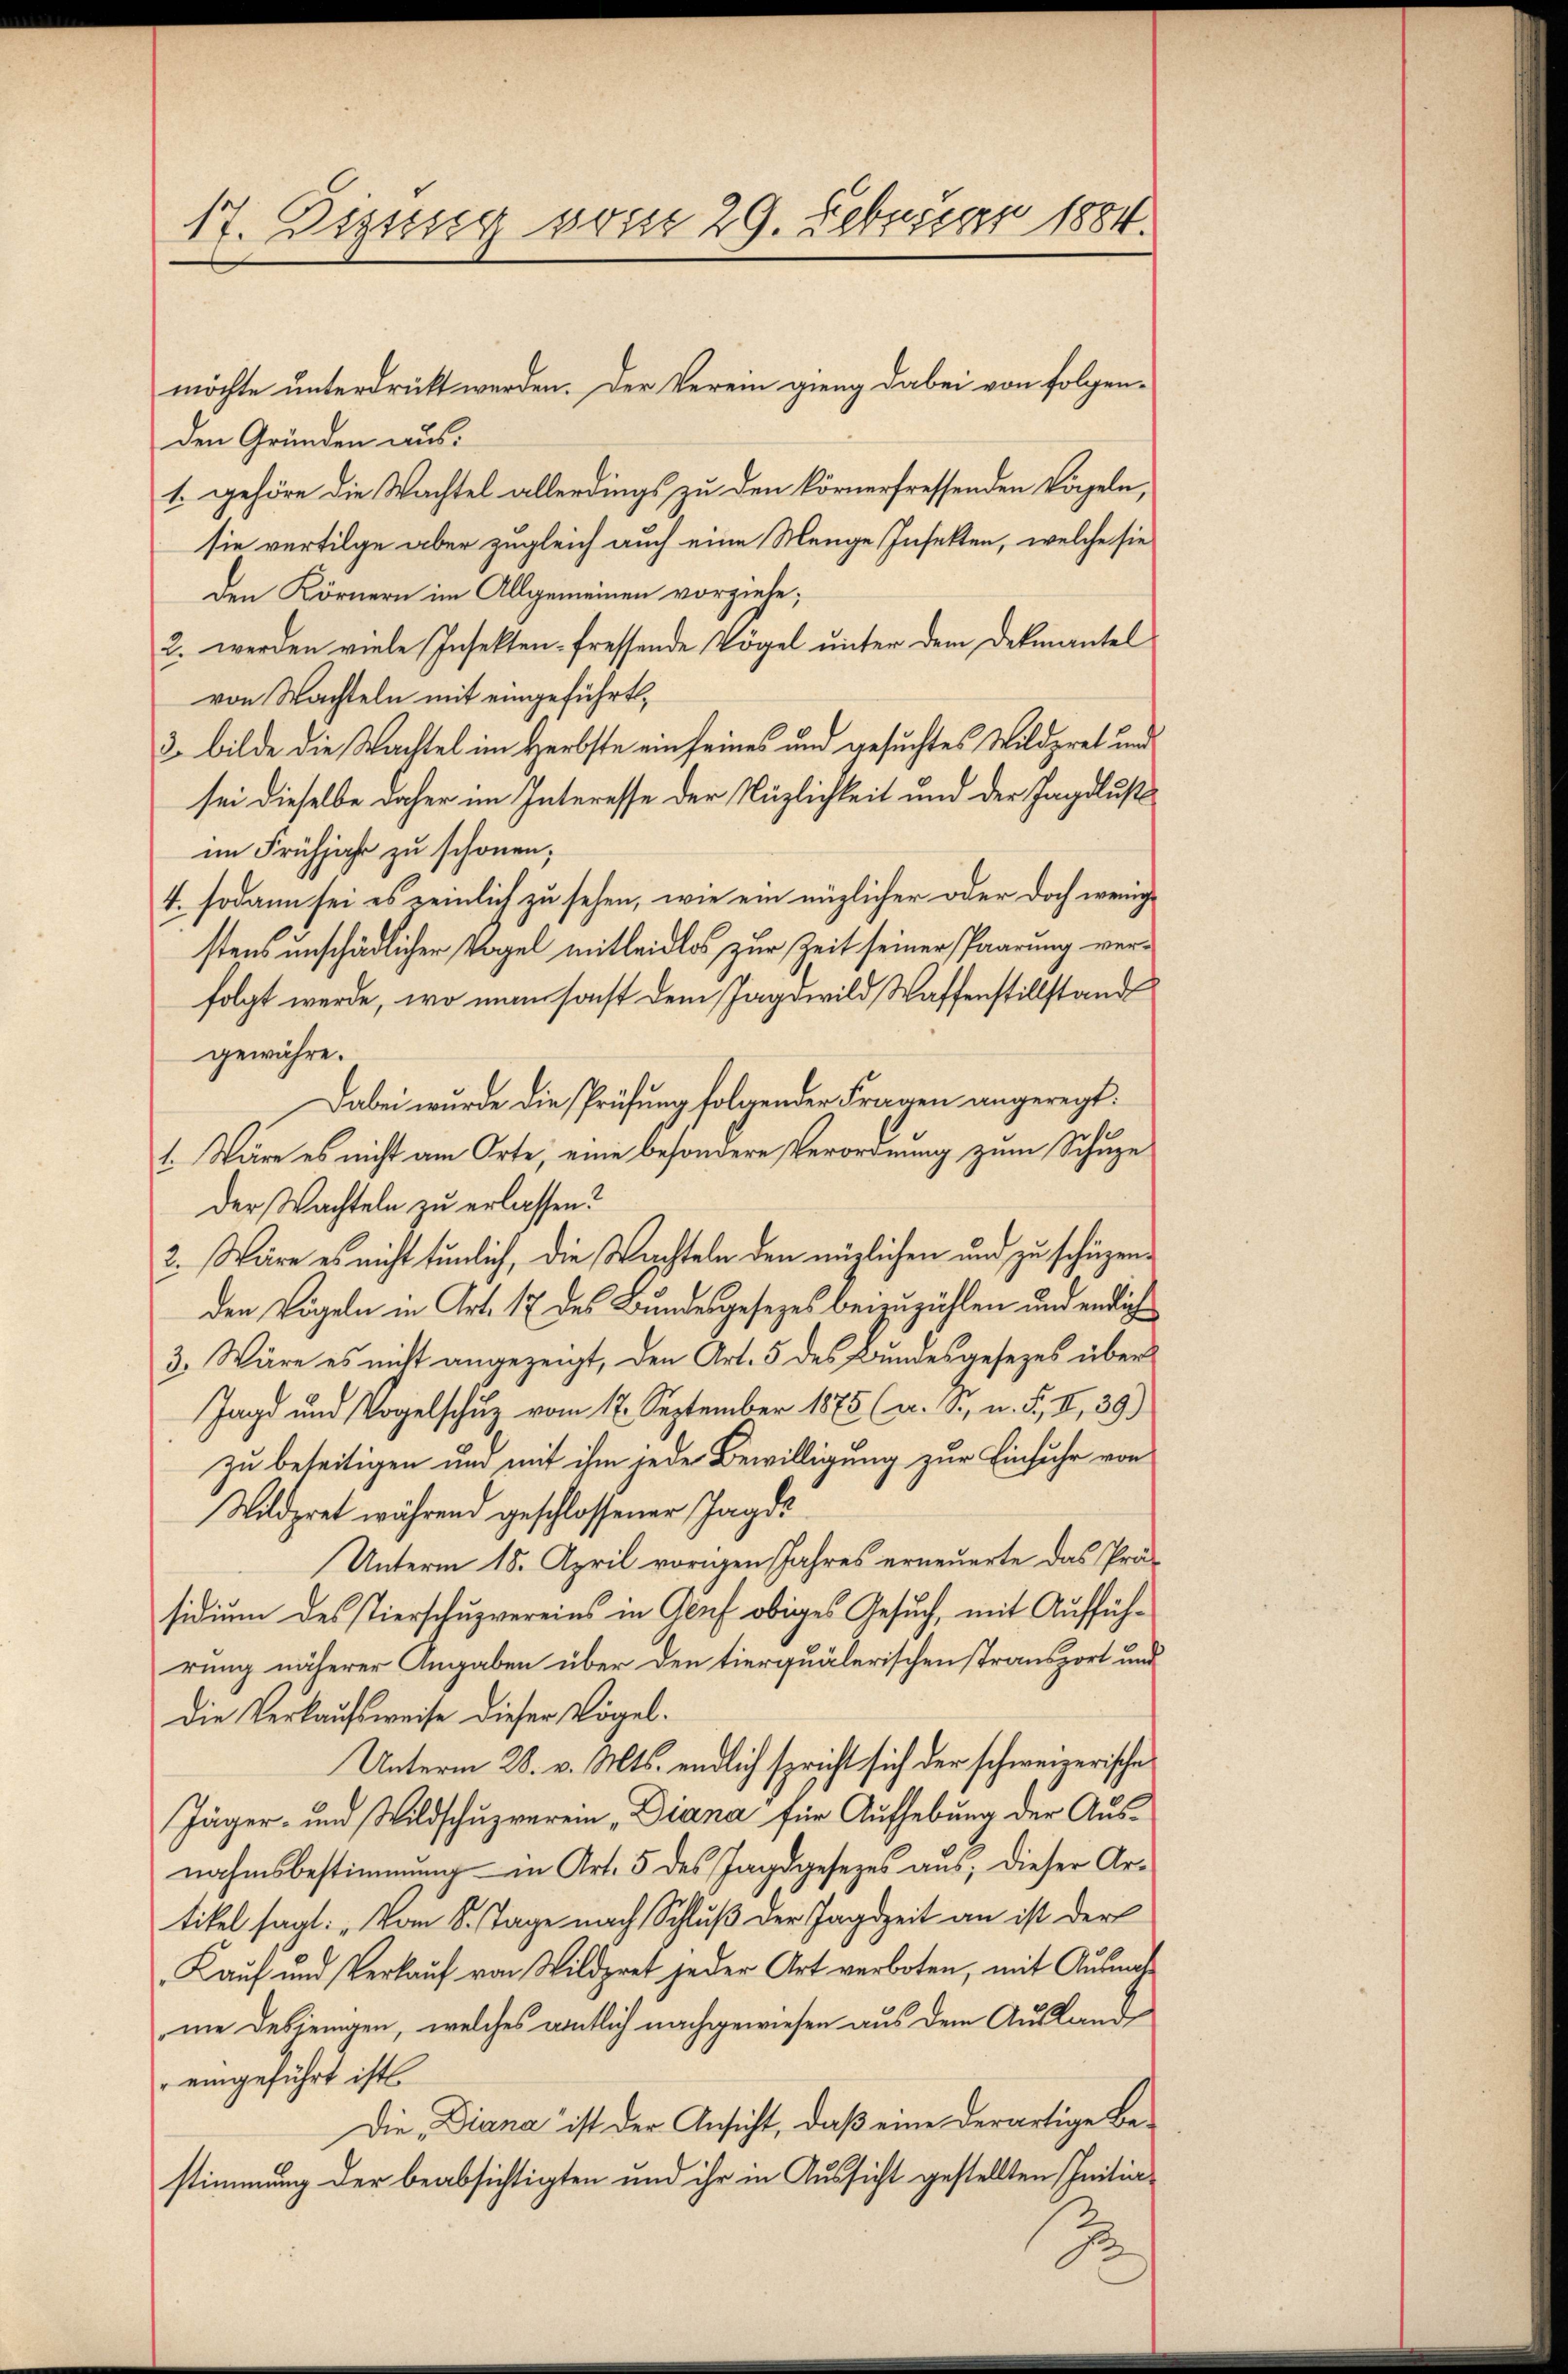
17. Disseng vom 29. Februar 1884.

den Gründen aus.
1. gehöre die Wachtel allerdings zu den körnerfressenden Vögeln,
sie vertilge aber zugleich auch eine Menge Insekten, welche sie
Den Körnern im Allgemeinen vorziehe;
2. werden viele Insekten-fressende Vögel unter dem Dekmantel
von Nachteln mit eingeführt,
3. bilde die Wachtel im Herbste ein seines und gesuchtes Wilderet und
sei dieselbe daher im Interesse der Näzlichkeit und der Jagdlusti
im Frühjahr zu schönen;
1. sodann sei es reinlich zu sehen, wie ein möglicher oder doch wenige
stens unschädlicher Vogel mitleidlos zur Zeit seiner Paarung ver-
folgt werde, wo man sonst dem Jagowild Waffenstillstand
gewähre.
Dabei wurde die Prüfung folgender Fragen angeregt.
1. Wäre es nicht am Orte, eine besondere Verordnung zum Schuze
der Wachteln zu erlassen?
2. Wäre es nicht tunlich, die Wachteln den möglichen und zu schüzenden Vögeln in Art. 17 des Bundesgesezes beizuzählen und endlich
3. Wäre es nicht angezeigt, den Art. 5 des Bundesgesezes über
Jagd und Vogelschuz vom 17. September 1875 (a. Sr. n. F. II, 29)
zu beseitigen und mit ihm jede Bewilligung zur Einfuhr von
Wildpret während geschlossener Jagd¬
Unterm 15. April vorigen Jahres erneuerte das Prä-
sidium des Tierschuzvereins in Aeuf obiges Gesuch, mit Aufführung näherer Angaben über den tierquälerischen stransport und
Die Verkaufsweise dieser Vögel¬
Unterm 28. v. Mts. endlich spricht sich der schweizerische
Jäger- und Wildschuzverein Diana für Aufhebung der Ausnahmsbestimmung in Art. 5 des Jagdgesezes aus, dieser Ar-
tikel sagt: „Vom 8. Tage nach Schluß der Jagdzeit an ist der
Kauf und Verkauf von Wildpret jeder Art verboten, mit Ausnahme desjenigen, welches amtlich nachgewiesen aus dem Ausland
eingeführt ist.
Die Diana ist der Ansicht, daß eine derartige Bestimmung der beabsichtigten und ihr in Aussicht gestellten Initia¬

möchte unterdrückt werden. Der Verein gieng dabei von folgen-